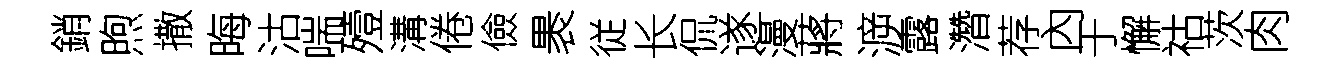
銷煦撒晦沽喘殪溝倦儉褁従长侃遂漫蔣㴑露濳荐內于懈祜茨肉